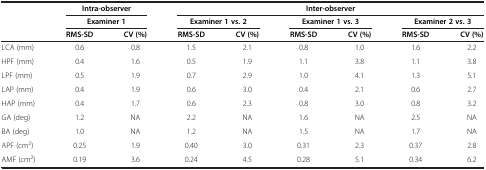
<table><thead><tr><td rowspan="3">[EMPTY_CELL]</td><td colspan="2"><b>Intra-observer</b></td><td colspan="6"><b>Inter-observer</b></td></tr><tr><td colspan="2"><b>Examiner 1</b></td><td colspan="2"><b>Examiner 1 vs. 2</b></td><td colspan="2"><b>Examiner 1 vs. 3</b></td><td colspan="2"><b>Examiner 2 vs. 3</b></td></tr><tr><td><b>RMS-SD</b></td><td><b>CV (%)</b></td><td><b>RMS-SD</b></td><td><b>CV (%)</b></td><td><b>RMS-SD</b></td><td><b>CV (%)</b></td><td><b>RMS-SD</b></td><td><b>CV (%)</b></td></tr></thead><tbody><tr><td>LCA (mm)</td><td>0.6</td><td>0.8</td><td>1.5</td><td>2.1</td><td>0.8</td><td>1.0</td><td>1.6</td><td>2.2</td></tr><tr><td>HPF (mm)</td><td>0.4</td><td>1.6</td><td>0.5</td><td>1.9</td><td>1.1</td><td>3.8</td><td>1.1</td><td>3.8</td></tr><tr><td>LPF (mm)</td><td>0.5</td><td>1.9</td><td>0.7</td><td>2.9</td><td>1.0</td><td>4.1</td><td>1.3</td><td>5.1</td></tr><tr><td>LAP (mm)</td><td>0.4</td><td>1.9</td><td>0.6</td><td>3.0</td><td>0.4</td><td>2.1</td><td>0.6</td><td>2.7</td></tr><tr><td>HAP (mm)</td><td>0.4</td><td>1.7</td><td>0.6</td><td>2.3</td><td>0.8</td><td>3.0</td><td>0.8</td><td>3.2</td></tr><tr><td>GA (deg)</td><td>1.2</td><td>NA</td><td>2.2</td><td>NA</td><td>1.6</td><td>NA</td><td>2.5</td><td>NA</td></tr><tr><td>BA (deg)</td><td>1.0</td><td>NA</td><td>1.2</td><td>NA</td><td>1.5</td><td>NA</td><td>1.7</td><td>NA</td></tr><tr><td>APF (cm<sup>2</sup>)</td><td>0.25</td><td>1.9</td><td>0.40</td><td>3.0</td><td>0.31</td><td>2.3</td><td>0.37</td><td>2.8</td></tr><tr><td>AMF (cm<sup>2</sup>)</td><td>0.19</td><td>3.6</td><td>0.24</td><td>4.5</td><td>0.28</td><td>5.1</td><td>0.34</td><td>6.2</td></tr></tbody></table>